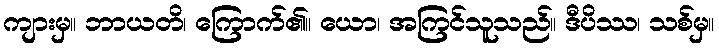
ကျားမှ။ ဘာယတိ၊ ကြောက်၏။ ယော၊ အကြင်သူသည်။ ဒီပိဿ၊ သစ်မှ။